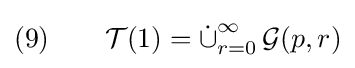
(9)\qquad {\mathcal {T}}(1)={\dot {\cup }}_{r=0}^{\infty }\,{\mathcal {G}}(p,r)